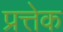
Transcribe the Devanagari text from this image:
प्रत्तेक